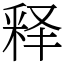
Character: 释